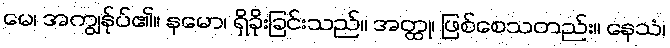
မေ၊ အကျွန်ုပ်၏။ နမော၊ ရှိခိုးခြင်းသည်။ အတ္ထု၊ ဖြစ်စေသတည်း။ နေသံ၊